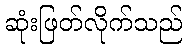
ဆုံးဖြတ်လိုက်သည်